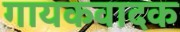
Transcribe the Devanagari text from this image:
गायकवादक